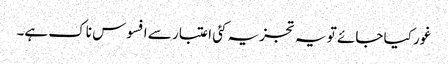
غور کیا جائے تو یہ تجزیہ کئی اعتبار سے افسوس ناک ہے۔